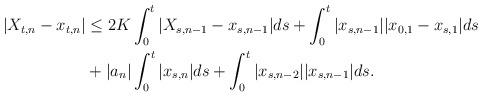
\begin{align*}\begin{aligned}|X_{t,n} - x_{t,n}| &\le 2K\int_0^t |X_{s,n-1} - x_{s,n-1}|ds + \int_0^t|x_{s,n-1}||x_{0,1} - x_{s,1}|ds \\ & + |a_n|\int_0^t |x_{s,n}|ds + \int_0^t |x_{s,n-2}||x_{s,n-1}|ds.\end{aligned}\end{align*}